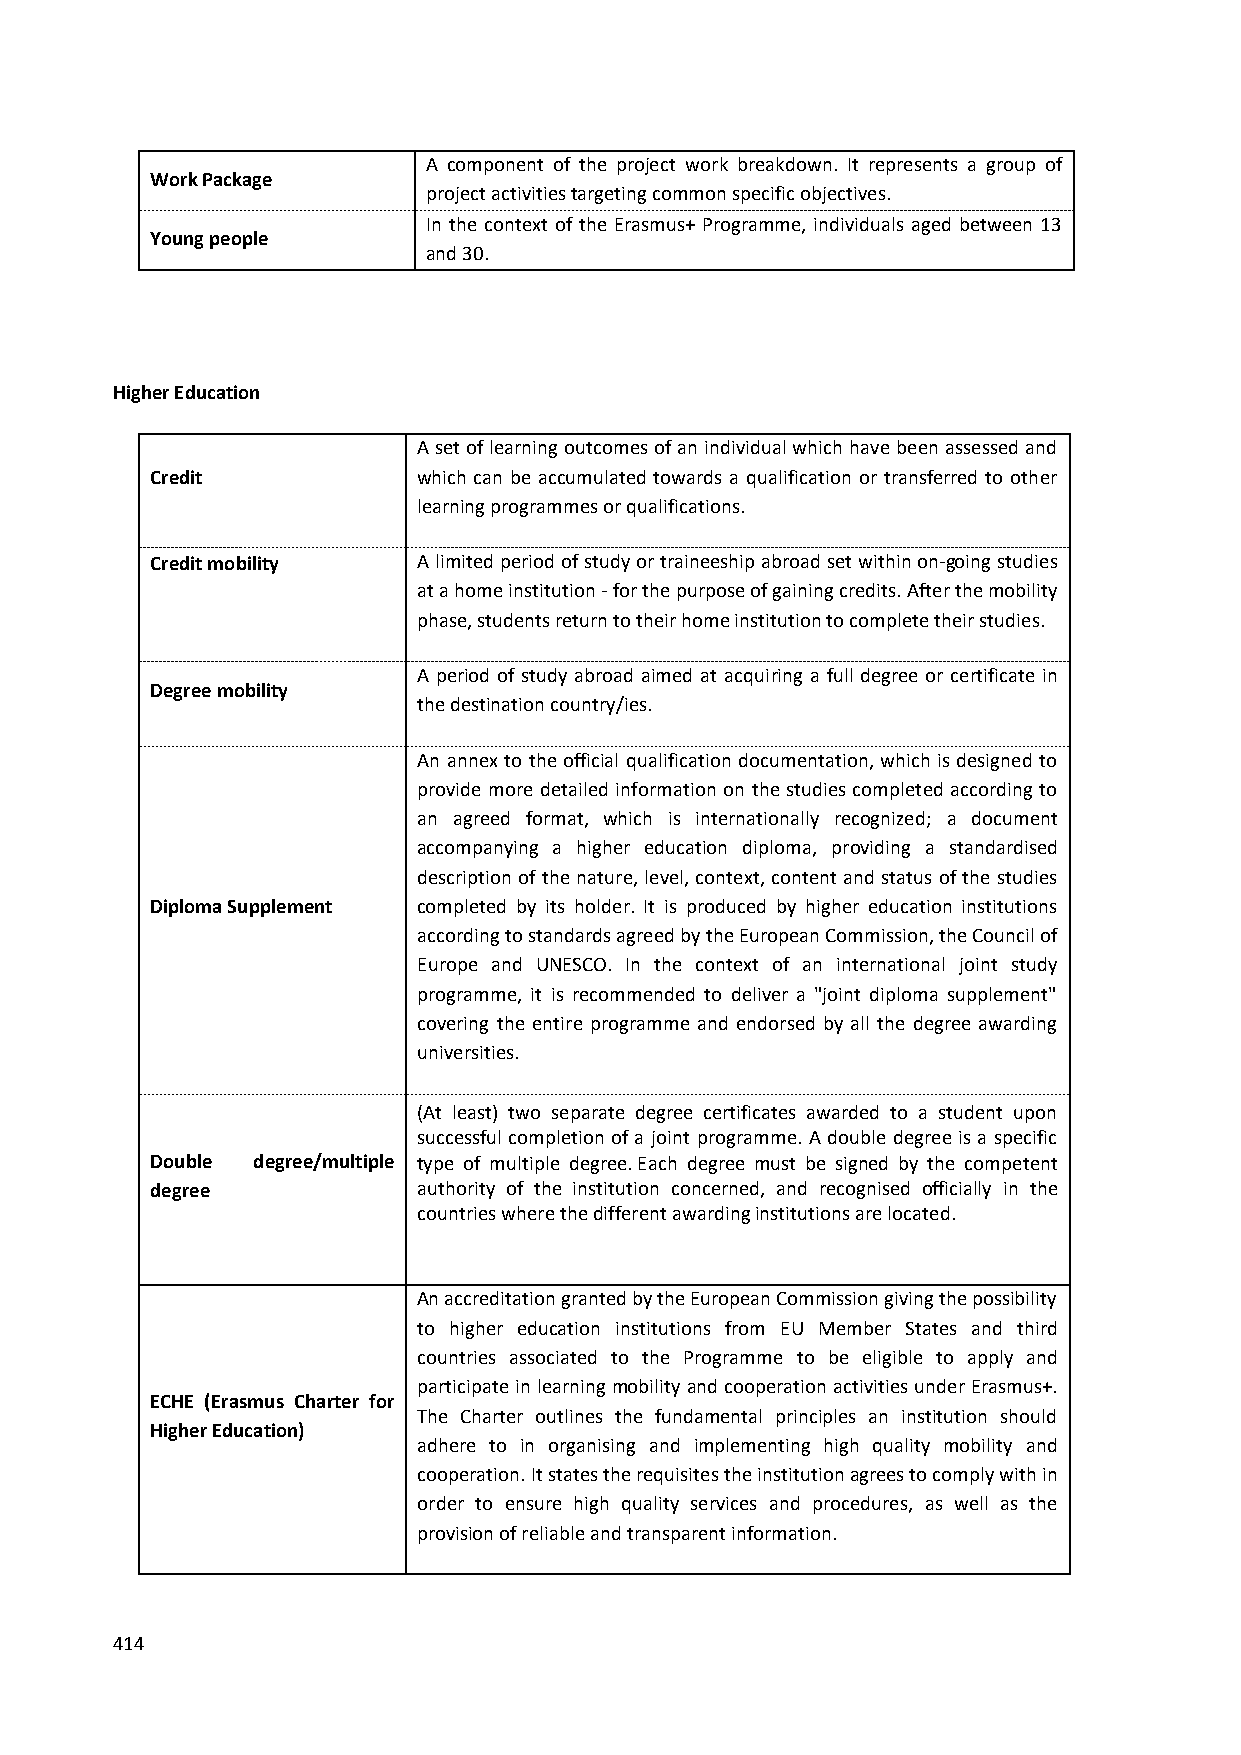
A component of the project work breakdown. It represents a group of
 Work Package
 project activities targeting common specific objectives.
 In the context of the Erasmus+ Programme, individuals aged between 13
 Young people
 and 30.
 Higher Education
 A set of learning outcomes of an individual which have been assessed and
 Credit            which can be accumulated towards a qualification or transferred to other
 learning programmes or qualifications.
 Credit mobility   A limited period of study or traineeship abroad set within on-going studies
 at a home institution - for the purpose of gaining credits. After the mobility
 phase, students return to their home institution to complete their studies.
 A period of study abroad aimed at acquiring a full degree or certificate in
 Degree mobility
 the destination country/ies.
 An annex to the official qualification documentation, which is designed to
 provide more detailed information on the studies completed according to
 an agreed format, which is internationally recognized; a document
 accompanying a higher education diploma, providing a standardised
 description of the nature, level, context, content and status of the studies
 Diploma Supplement completed by its holder. It is produced by higher education institutions
 according to standards agreed by the European Commission, the Council of
 Europe and UNESCO. In the context of an international joint study
 programme, it is recommended to deliver a "joint diploma supplement"
 covering the entire programme and endorsed by all the degree awarding
 universities.
 (At least) two separate degree certificates awarded to a student upon
 successful completion of a joint programme. A double degree is a specific
 Double degree/multiple type of multiple degree. Each degree must be signed by the competent
 degree            authority of the institution concerned, and recognised officially in the
 countries where the different awarding institutions are located.
 An accreditation granted by the European Commission giving the possibility
 to higher education institutions from EU Member States and third
 countries associated to the Programme to be eligible to apply and
 participate in learning mobility and cooperation activities under Erasmus+.
 ECHE (Erasmus Charter for
 The Charter outlines the fundamental principles an institution should
 Higher Education)
 adhere to in organising and implementing high quality mobility and
 cooperation. It states the requisites the institution agrees to comply with in
 order to ensure high quality services and procedures, as well as the
 provision of reliable and transparent information.
 414